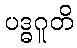
ပဒ္ဓဂူတိ